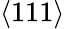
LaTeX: \langle 111\rangle